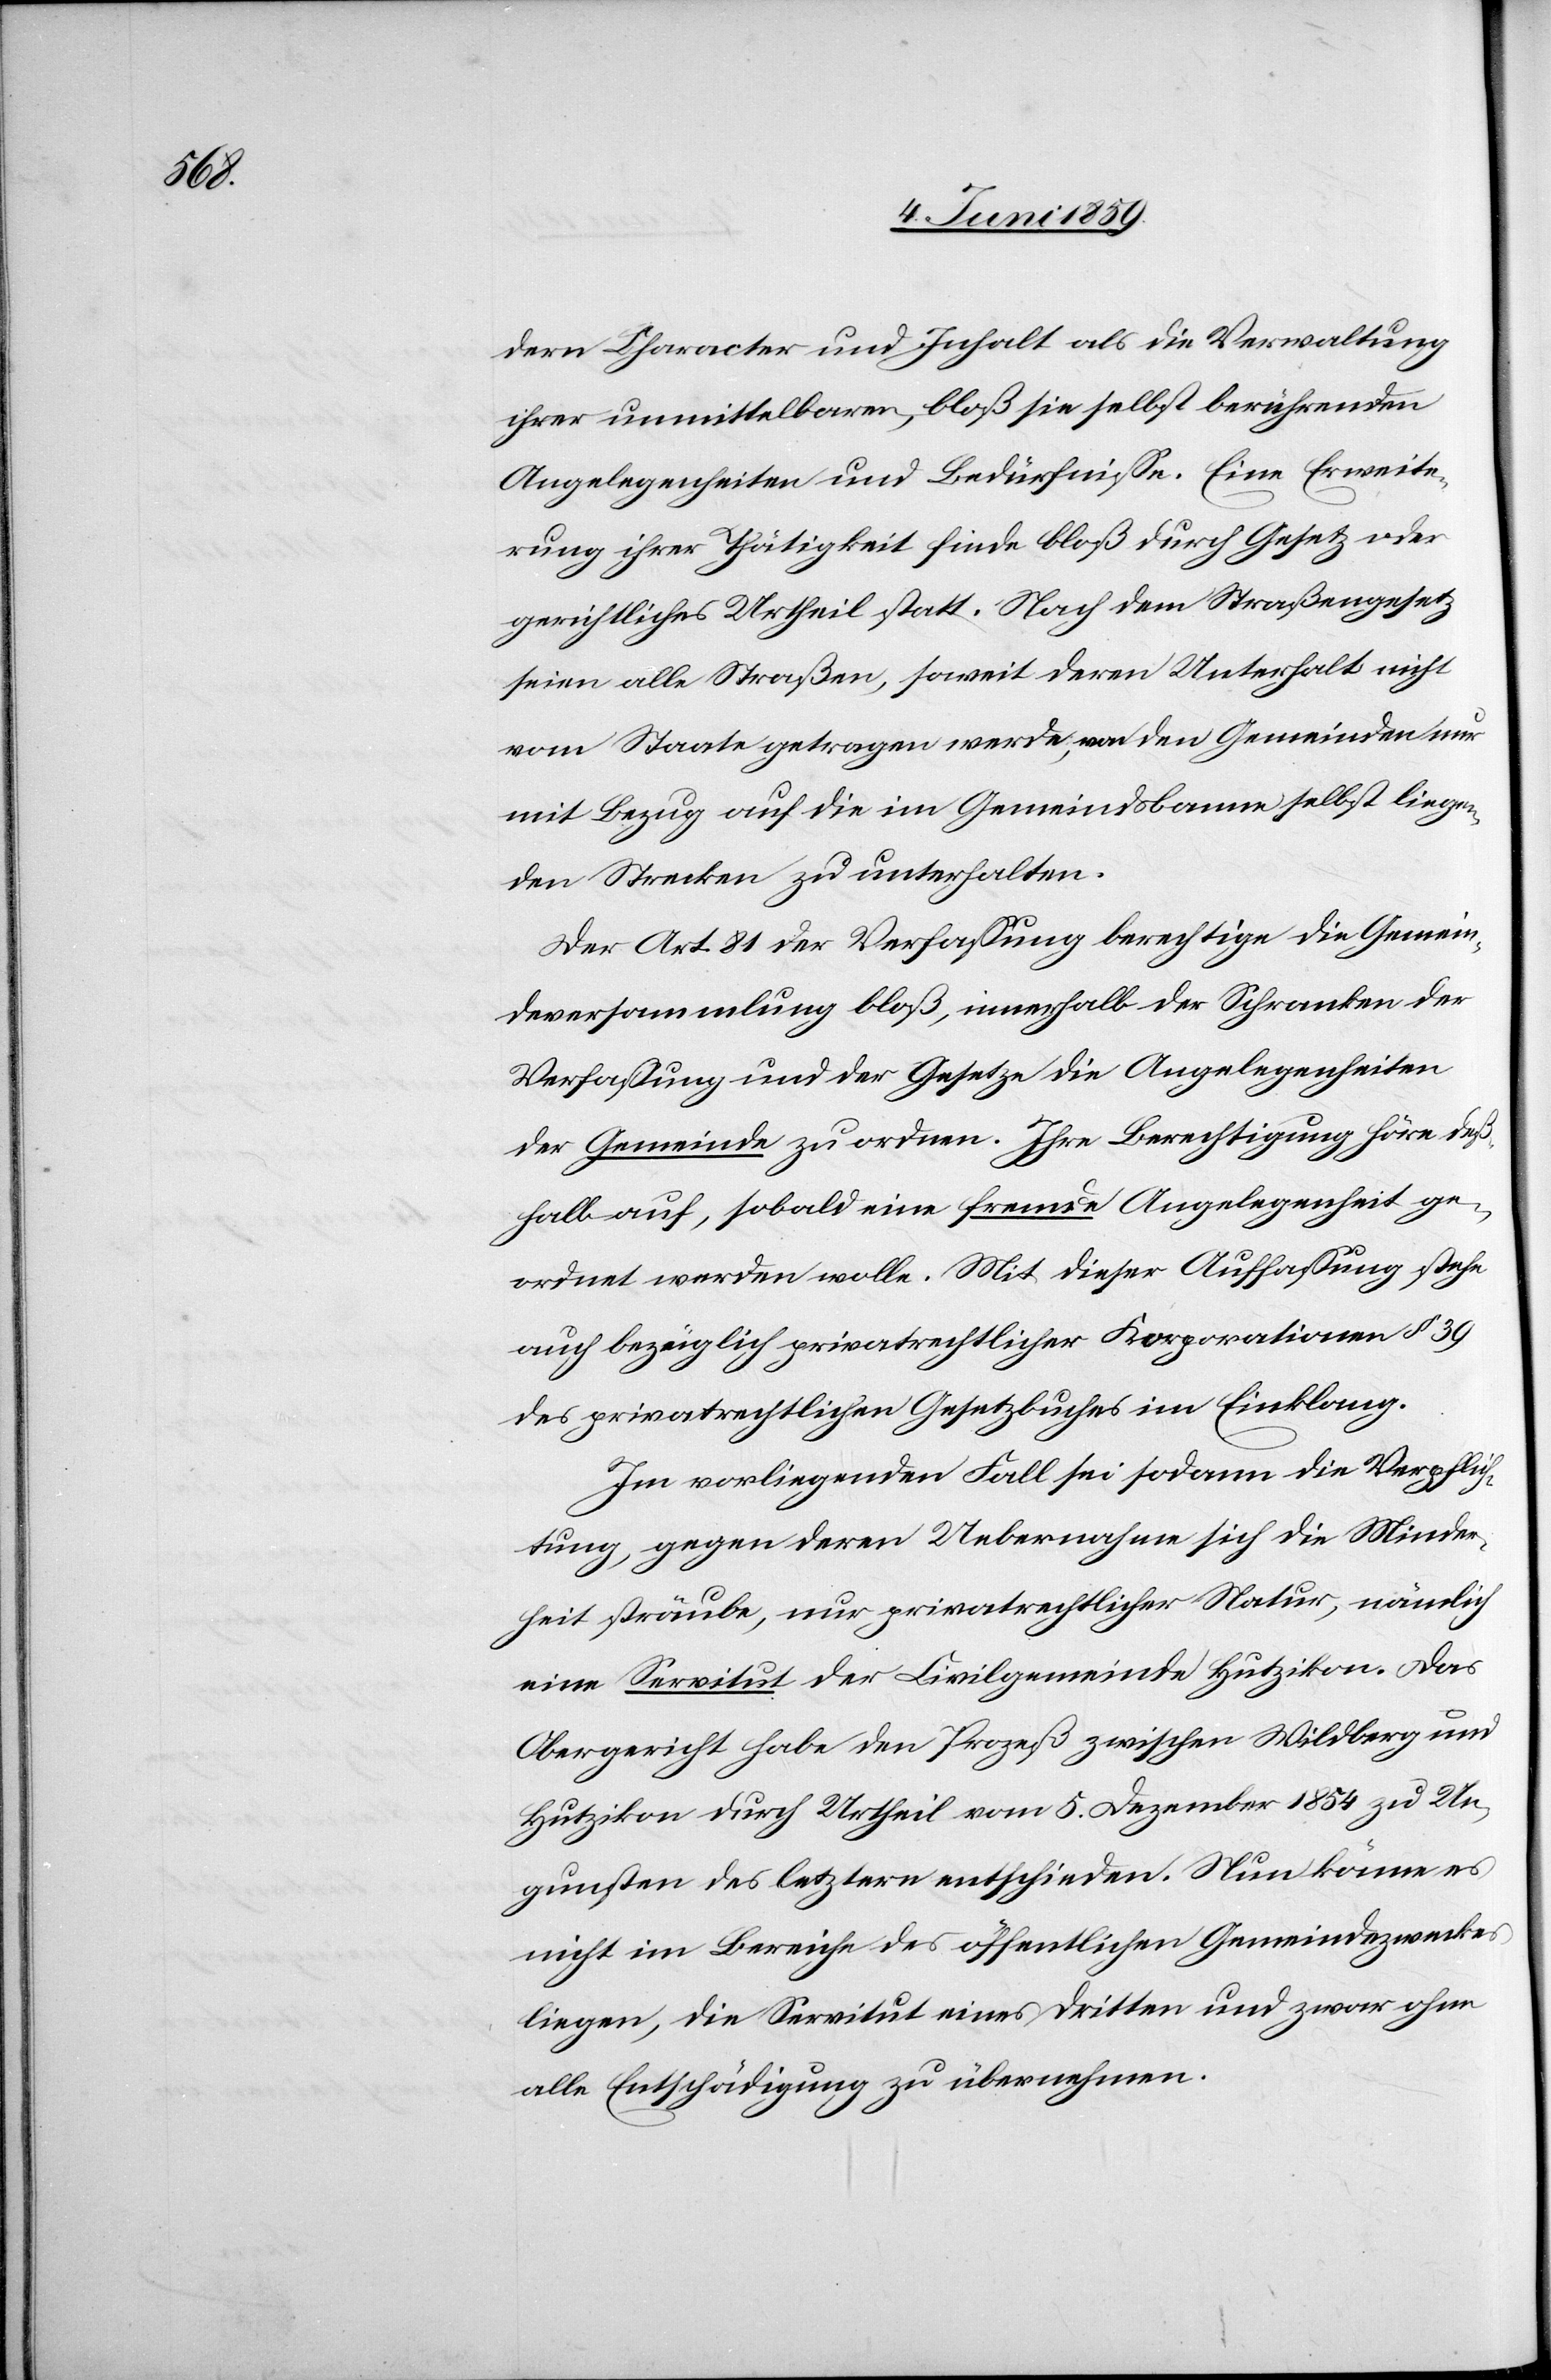
dern Character und Inhalt als die Verwaltung
ihrer unmittelbaren, bloß sie selbst berührenden
Angelegenheiten und Bedürfnisse. Eine Erweite¬
rung ihrer Thätigkeit finde bloß durch Gesetz oder
gerichtliches Urtheil statt. Nach dem Straßengesetz
seien alle Straßen, soweit deren Unterhalt nicht
vom Staate getragen werde, von den Gemeinden nur
mit Bezug auf die im Gemeindsbanne selbst liegen¬
den Strecken zu unterhalten.
Der Art. 81 der Verfassung berechtige die Gemein¬
deversammlung bloß, innerhalb der Schranken der
Verfassung und der Gesetze die Angelegenheiten
der Gemeinde zu ordnen. Ihre Berechtigung höre deß¬
halb auf, sobald eine fremde Angelegenheit ge¬
ordnet werden wolle. Mit dieser Auffassung stehe
auch bezüglich privatrechtlicher Korporationen § 39
des privatrechtlichen Gesetzbuches im Einklang.
Im vorliegenden Fall sei sodann die Verpflich¬
tung, gegen deren Uebernahme sich die Minder¬
heit sträube, nur privatrechtlicher Natur, nämlich
eine Servitut der Civilgemeinde Hutzikon. Das
Obergericht habe den Prozeß zwischen Wildberg und
Hutzikon durch Urtheil vom 5. Dezember 1854 zu Un¬
gunsten des letztern entschieden. Nun könne es
nicht im Bereiche des öffentlichen Gemeindezweckes
liegen, die Servitut eines dritten und zwar ohne
alle Entschädigung zu übernehmen.